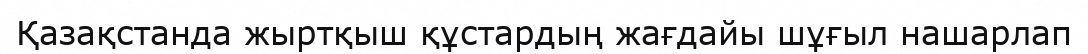
Қазақстанда жыртқыш құстардың жағдайы шұғыл нашарлап